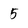
Character: 5